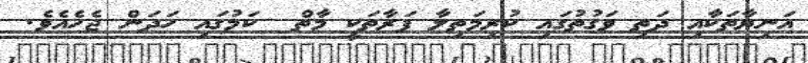
އަނިޔާތަކާއި ދަތި ވަގުތުގައި ކުރިމަތިލާ ފަރާތަކީ މާތް  ކަމުގައި ހަދަން ޖެހެއެވެ.